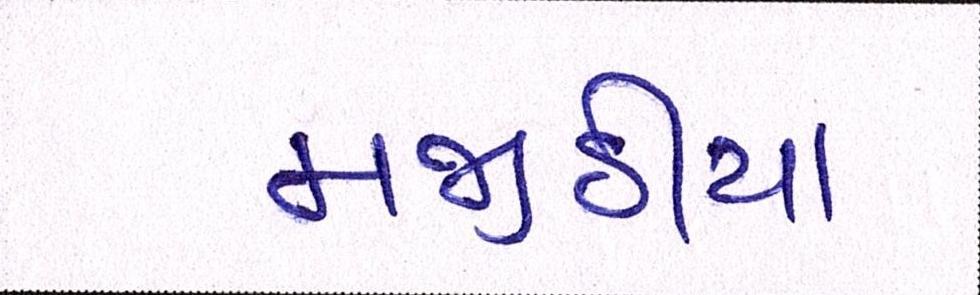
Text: મજીઠીયા